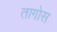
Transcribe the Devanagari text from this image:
तागोस